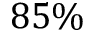
8 5 \%